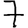
Digit: 7